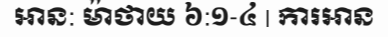
អាន: ម៉ាថាយ ៦:១-៤ | ការអាន